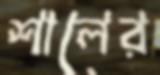
শালের